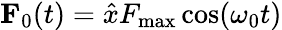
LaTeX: {\mathbf F}_{0}(t)=\hat{x}F_{\mathrm{max}}\cos(\omega_{0}t)